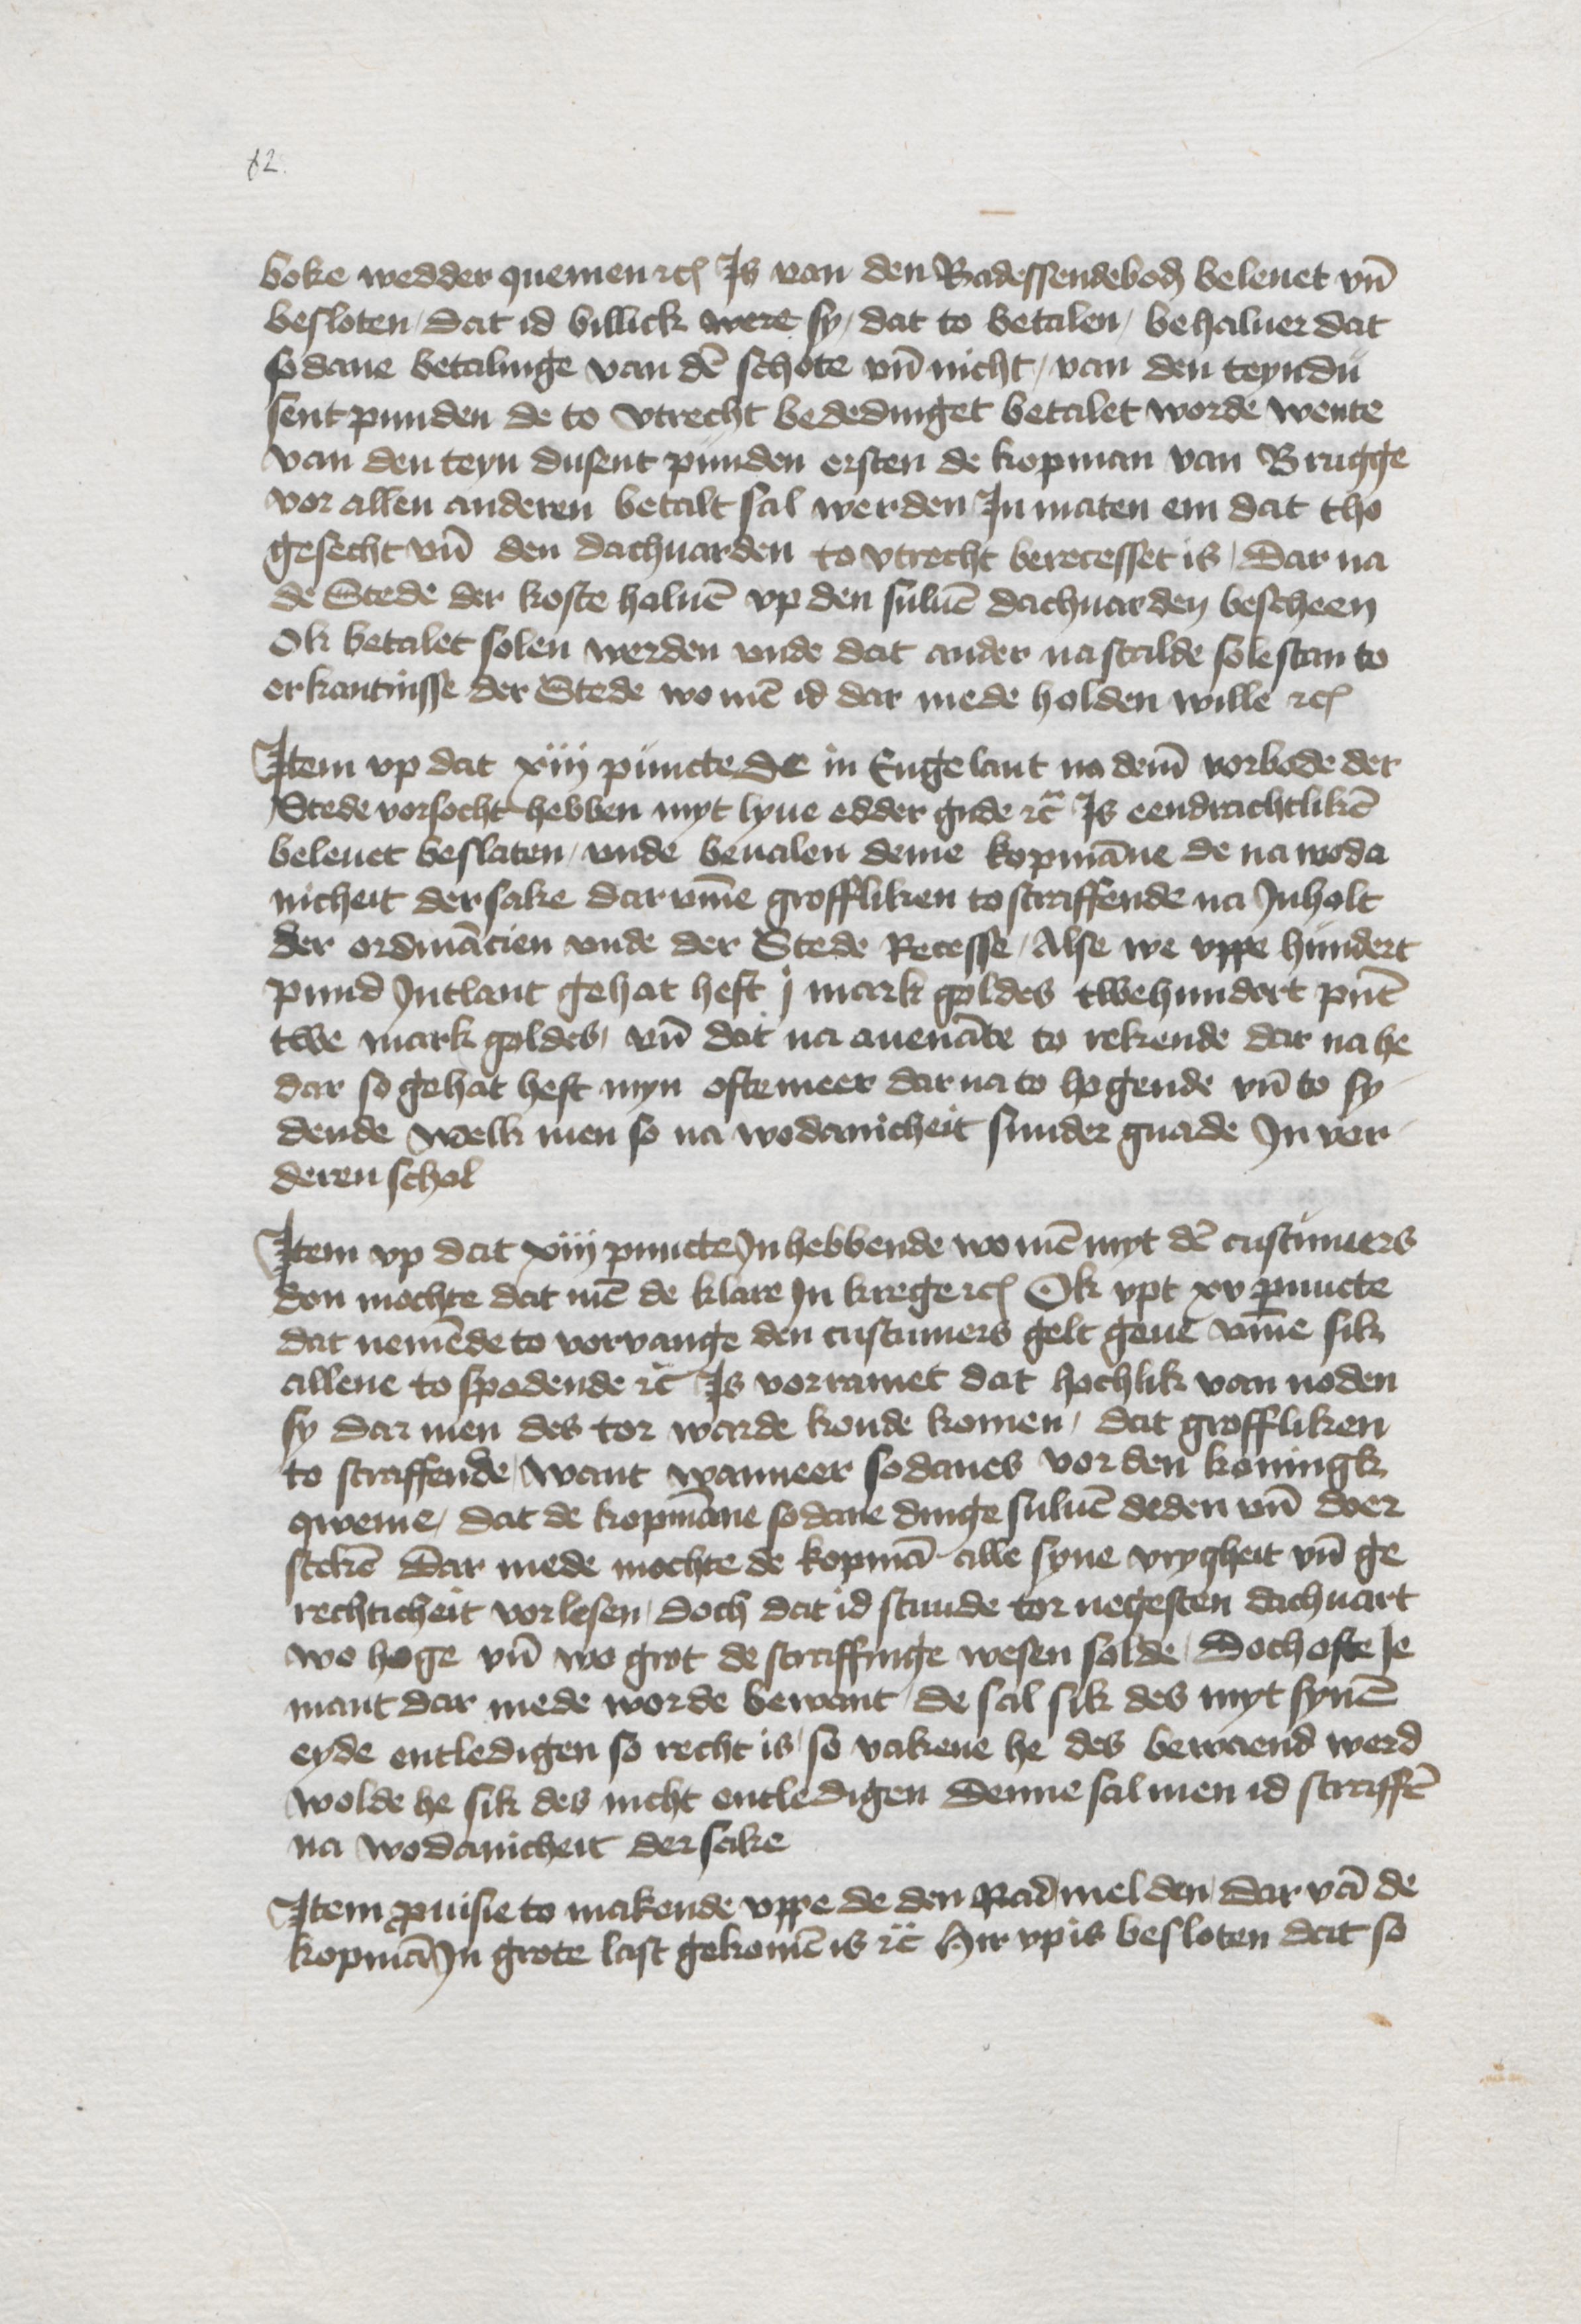
boke wedder quemen etc Js van den Radessendeboden beleuet vnd
besloten, dat id billick were sy, dat to betalen, behaluer dat
sodane betalinge van den schote vnd nicht, van den teyndu¬
sent punden de to Vtrecht bededinget betalet worde wente
van den teyn dusent punden ersten de kopman van Brugge
vor allen anderen betalt sal werden Jn maten em dat tho
gesecht vnd den dachuarden to Vtrecht berecesset is, dar na
de Stede der koste haluen vp den suluen dachuarden bescheen
Ok betalet solen werden vnde dat ander na scalde sole stan to
erkantnisse der Stede wo men id dar mede holden wille etc

Jtem vp dat xiij puncte De in Engelant na deme vorbode der
Stede vorsocht hebben myt lyue edder gude etc Js eendrachtliken
beleuet beslaten, vnde beualen deme kopmanne de na woda¬
nicheit der sake darvmme groffliken to straffende na Jnholt
der ordinancien vnde der Stede Recesse, Alse we vppe hundert
pund Jntlant gehat heft j mark goldes twehundert punt
twe mark goldes, vnd dat na auenante to rekende dar na he
dar so gehat heft myn ofte meer dar na to hogende vnd to sy¬
dende welk men so na wodanicheit sunder gnade Jnvor¬
deren schol

Jtem vp dat xiij puncte Jn hebbende wo men myt den custumers
don mochte dat men de klare Jn krege etc Ok vpt xv puncte
dat nemende to vorvange den custumers gelt geue vmme sik
allene to spadende etc Js vorramet dat hochlik van noden
sy dar men des tor warde konde komen, dat groffliken
to straffende, want wanneer sodanes vor den koningk
qweme, dat de kopmanne sodane dinge suluen deden vnd doer
steken dar mede mochte de kopman alle syne vrygheit vnd ge¬
rechticheit vorlesen, doch dat id stunde tor negesten dachuart
wo hoge vnd wo grot de straffinge wesen solde, doch ofte Je¬
mant dar mede worde bewant, de sal sik des myt synem
eyde entledigen so recht is, so vakene he des bewaend werd
wolde he sik des nicht entledigen Denne sal men id straffen
na wodanicheit der sake

Jtem prouisie to makende vppe de den Rad melden dar van de
kopman Jn grote last gekomen is etc Hir vp is besloten dat so